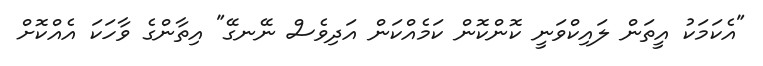
"އެކަމަކު އީތަން ލައިކްވަނީ ކޮންކޮން ކަމެއްކަން އަދިވެސް ނޭނގޭ" އިތާންގެ ވާހަކަ އެއްކޮށް